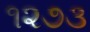
૧૨૭૩